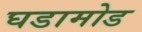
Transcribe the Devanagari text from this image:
घडामोड